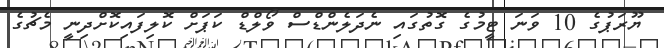
ޔޫރަޕުގެ 10 ވަނަ ޓީމުގެ ގޮތުގައި ނެދަލެންޑްސް ވޯލްޑް ކަޕަށް ކޮލިފައިކޮށްދިނީ މެޗުގެ